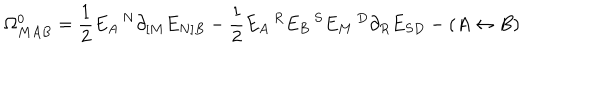
\Omega _ { M A B } ^ { 0 } = \frac { 1 } { 2 } E _ { A } \, ^ { N } \partial _ { [ M } E _ { N ] B } - \frac { 1 } { 2 } E _ { A } \, ^ { R } E _ { B } \, ^ { S } E _ { M } \, ^ { D } \partial _ { R } E _ { S D } - ( A \leftrightarrow B )